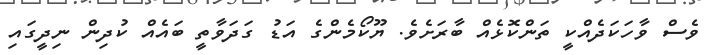
ވެސް ވާހަކަދެއްކީ ތަންކޮޅެއް ބާރަށެވެ. ޔޫކޯމެންގެ އަޑު ގަދަވާތީ ބައެއް ކުދިން ނިދީގައި